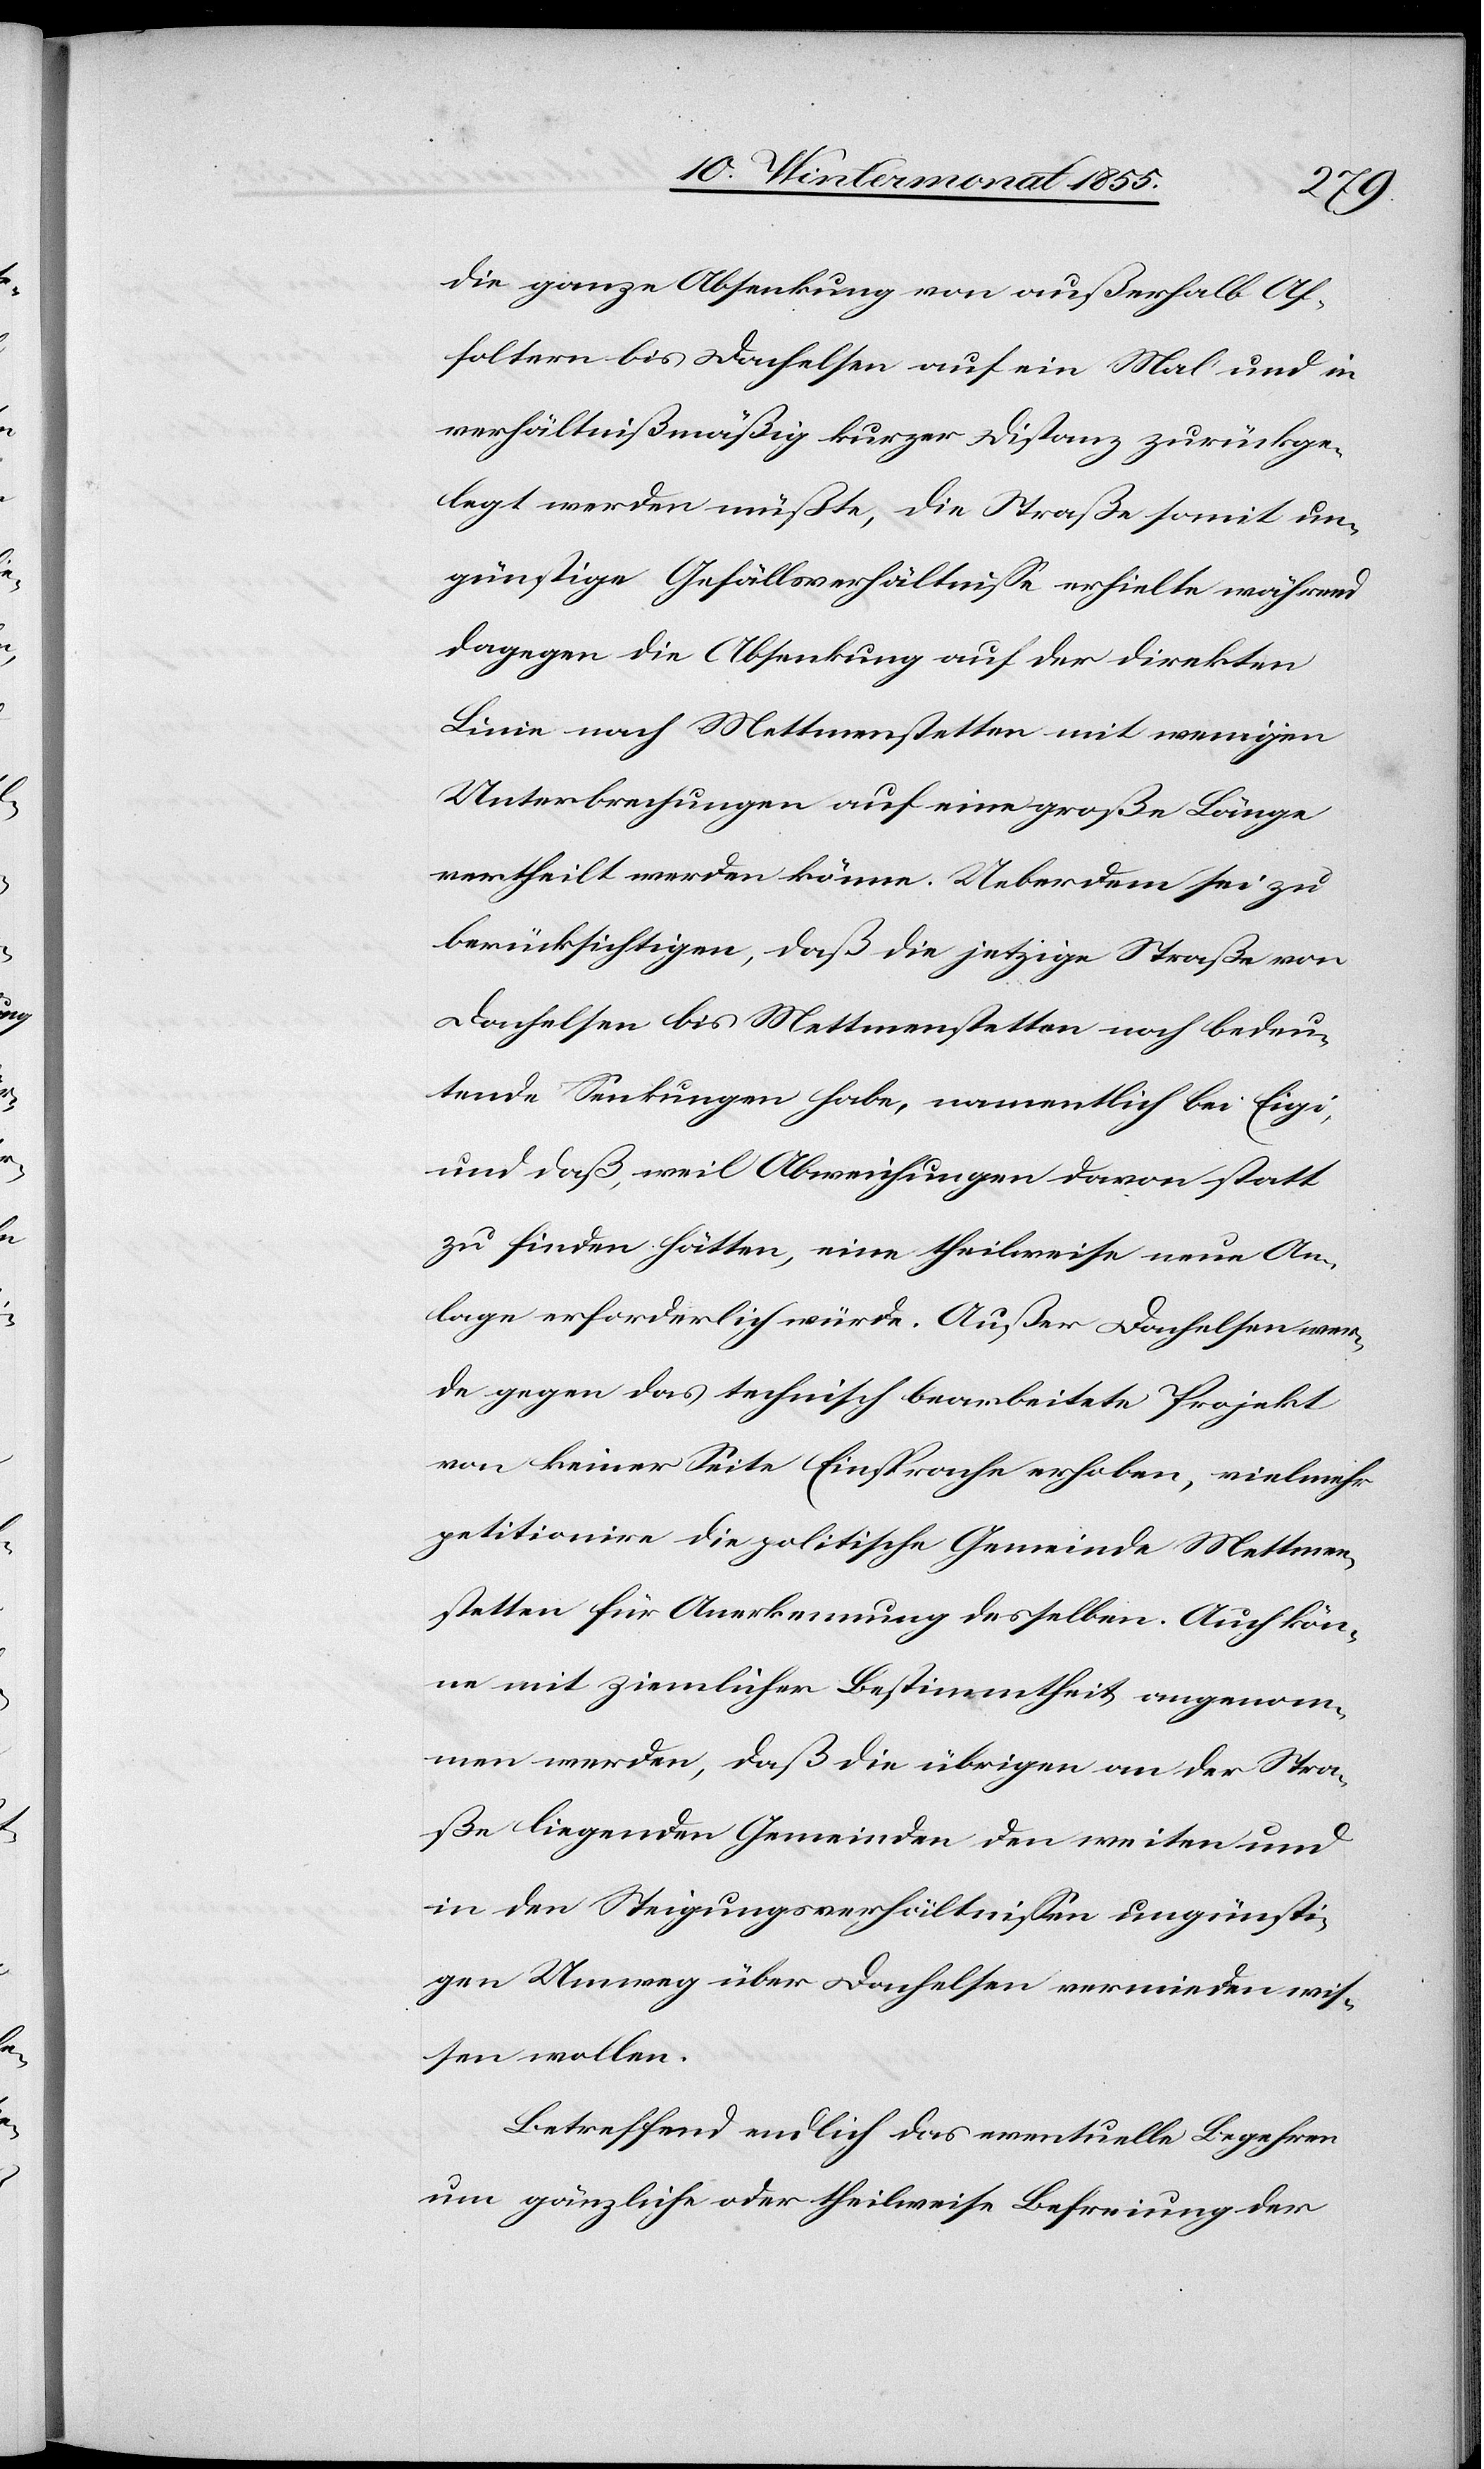
die ganze Absenkung von außerhalb Af¬
foltern bis Dachelsen auf ein Mal und in
verhältnißmäßig kurzer Distanz zurückge¬
legt werden müßte, die Straße somit un¬
günstige Gefällsverhältnisse erhielte während
dagegen die Absenkung auf der direkten
Linie nach Mettmenstetten mit wenigen
Unterbrechungen auf eine große Länge
vertheilt werden könne. Ueberdem sei zu
berücksichtigen, daß die jetzige Straße von
Dachelsen bis Mettmenstetten noch bedeu¬
tende Senkungen habe, namentlich bei Eigi,
und daß, weil Abweichungen davon statt
zu finden hätten, eine theilweise neue An¬
lage erforderlich würde. Außer Dachelsen wer¬
de gegen das technisch bearbeitete Projekt
von keiner Seite Einsprache erhoben, vielmehr
petitionire die politische Gemeinde Mettmen¬
stetten für Anerkennung desselben. Auch kön¬
ne mit ziemlicher Bestimmtheit angenom¬
men werden, daß die übrigen an der Stra¬
ße liegenden Gemeinden den weiten und
in den Steigungsverhältnissen ungünsti¬
gen Umweg über Dachelsen vermieden wis¬
sen wollen.
Betreffend endlich das eventuelle Begehren
um gänzliche oder theilweise Befreiung der